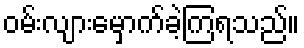
ဝမ်းလျားမှောက်ခဲ့ကြရသည်။